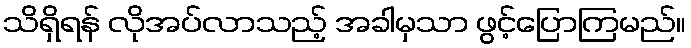
သိရှိရန် လိုအပ်လာသည့် အခါမှသာ ဖွင့်ပြောကြမည်။